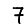
Digit: 7